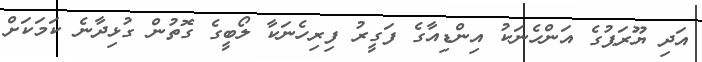
އަދި ޔޫރަޕުގެ އަންހެނަކު އިންޑިއާގެ ފަގީރު ފިރިހެނަކާ ލޯބީގެ ގޮތުން ގުޅިދާނެ ކަމަކަށް